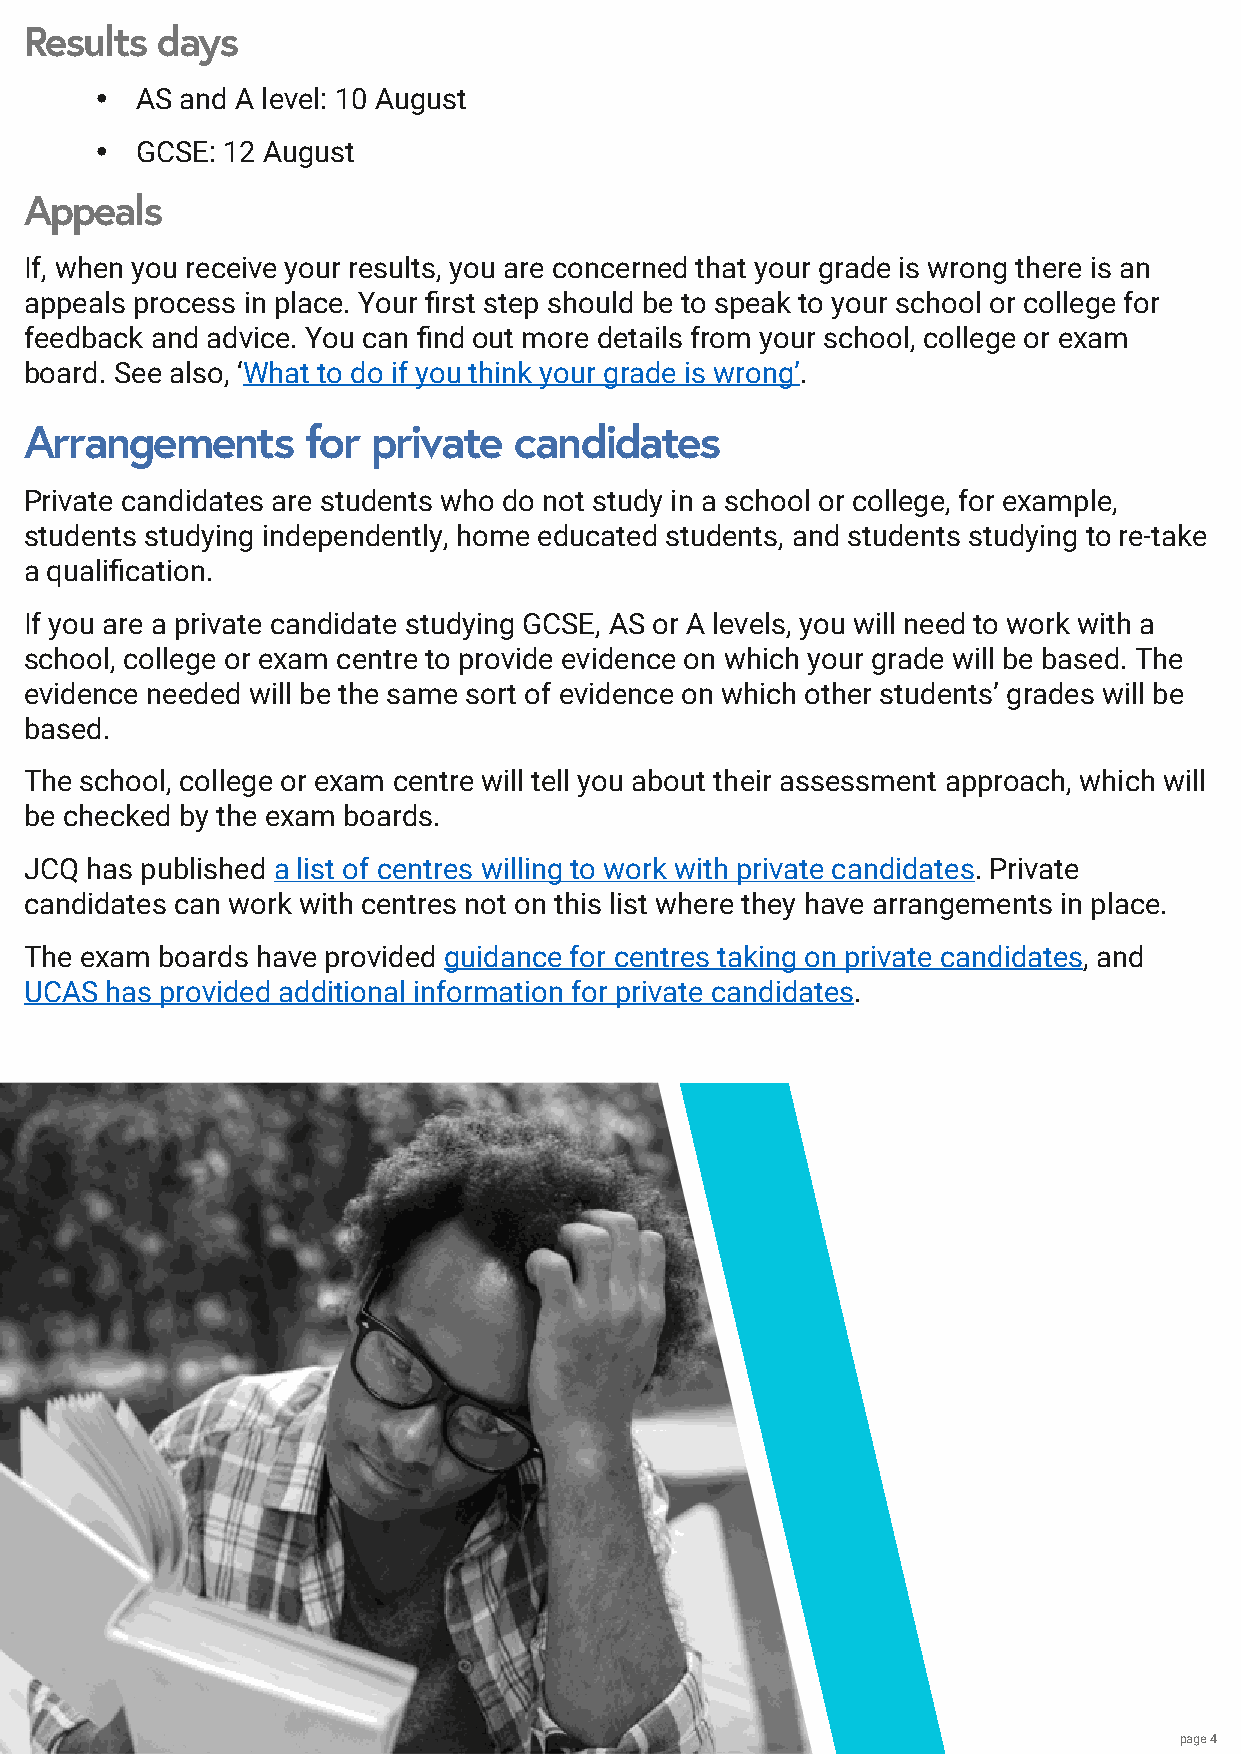
Results days
 y  AS and A level: 10 August
 y  GCSE: 12 August
 Appeals
 If, when you receive your results, you are concerned that your grade is wrong there is an
 appeals process in place. Your first step should be to speak to your school or college for
 feedback and advice. You can find out more details from your school, college or exam
 board. See also, ‘What to do if you think your grade is wrong’.
 Arrangements      for  private  candidates
 Private candidates are students who do not study in a school or college, for example,
 students studying independently, home educated students, and students studying to re-take
 a qualification.
 If you are a private candidate studying GCSE, AS or A levels, you will need to work with a
 school, college or exam centre to provide evidence on which your grade will be based. The
 evidence needed will be the same sort of evidence on which other students’ grades will be
 based.
 The school, college or exam centre will tell you about their assessment approach, which will
 be checked by the exam boards.
 JCQ has published a list of centres willing to work with private candidates. Private
 candidates can work with centres not on this list where they have arrangements in place.
 The exam boards have provided guidance for centres taking on private candidates, and
 UCAS has provided additional information for private candidates.
 page 4